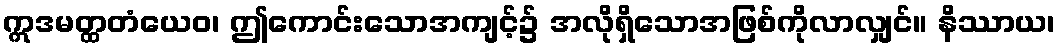
ဣဒမတ္ထတံယေဝ၊ ဤကောင်းသောအကျင့်၌ အလိုရှိသောအဖြစ်ကိုလာလျှင်။ နိဿာယ၊